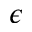
\epsilon